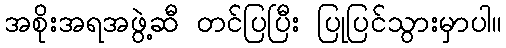
အစိုးအရအဖွဲ့ဆီ တင်ပြပြီး ပြုပြင်သွားမှာပါ။